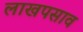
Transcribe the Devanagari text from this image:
लाखपसाव